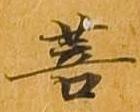
菩